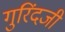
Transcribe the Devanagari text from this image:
गुरिंदजी